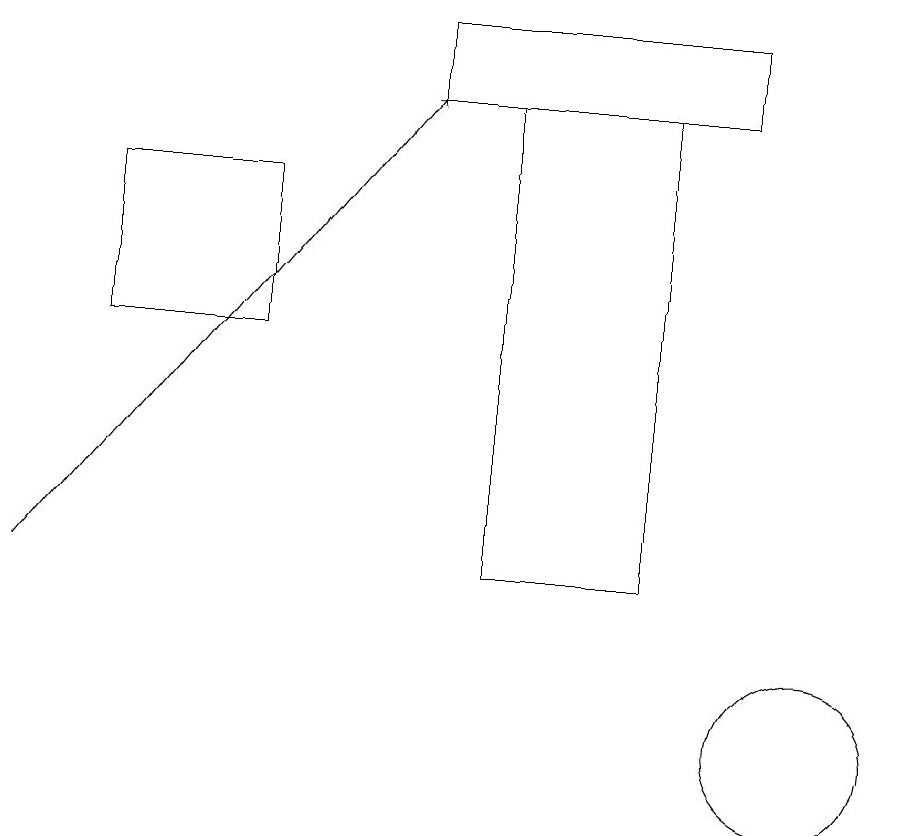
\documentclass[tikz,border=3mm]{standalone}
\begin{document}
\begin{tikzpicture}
\draw[->] (0,12) -- (5,18);
\draw (6,18) rectangle (8,12);
\draw (10,10) circle (1);
\draw (3,15) rectangle (1,17);
\draw (9,19) rectangle (5,18);
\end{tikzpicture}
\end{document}